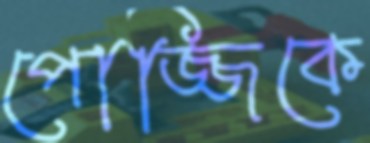
পোজ্জিকে